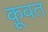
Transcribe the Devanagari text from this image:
कू़वत